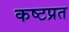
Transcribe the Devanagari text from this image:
कष्टप्रत